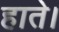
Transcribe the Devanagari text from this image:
हाते।